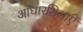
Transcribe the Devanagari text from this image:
आधारशिलाऐं